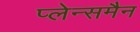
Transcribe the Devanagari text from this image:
प्लेन्समैन